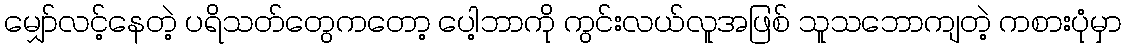
မျှော်လင့်နေတဲ့ ပရိသတ်တွေကတော့ ပေါ့ဘာကို ကွင်းလယ်လူအဖြစ် သူသဘောကျတဲ့ ကစားပုံမှာ